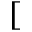
[